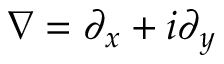
\nabla = \partial _ { x } + i \partial _ { y }